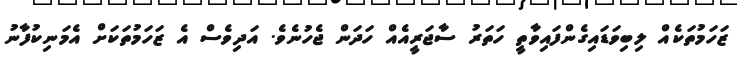
ޒަހަމުތަކެއް ލިބިވަޑައިގެންފައިވާތީ ހަތަރު ސާޖަރީއެއް ހަދަން ޖެހުނެވެ. އަދިވެސް އެ ޒަހަމުތަކަށް އެމަނިކުފާނު